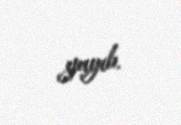
yayıb.